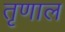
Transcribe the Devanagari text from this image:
तृणाल